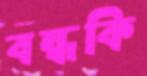
বন্ধকি